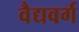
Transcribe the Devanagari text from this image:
वैद्यवर्ग